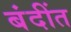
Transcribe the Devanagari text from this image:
बंदींत